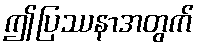
ဤပြဿနာအတွက်